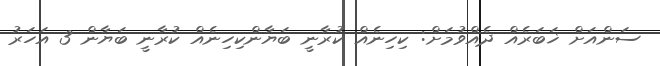
ސަންއަށް ޚަބަރެއް ދެއްވުމަށް: ކިހިނެއް ކުރާނީ ބަޔާންކިހިނެއް ކުރާނީ ބަޔާން 3 އަހަރު